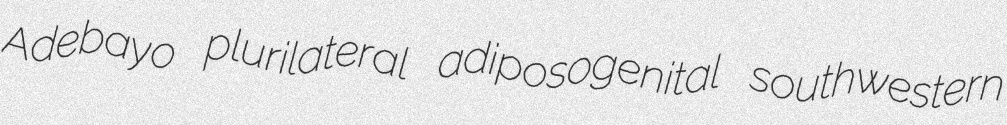
Adebayo plurilateral adiposogenital southwestern